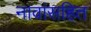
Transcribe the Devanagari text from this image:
नावांसहित